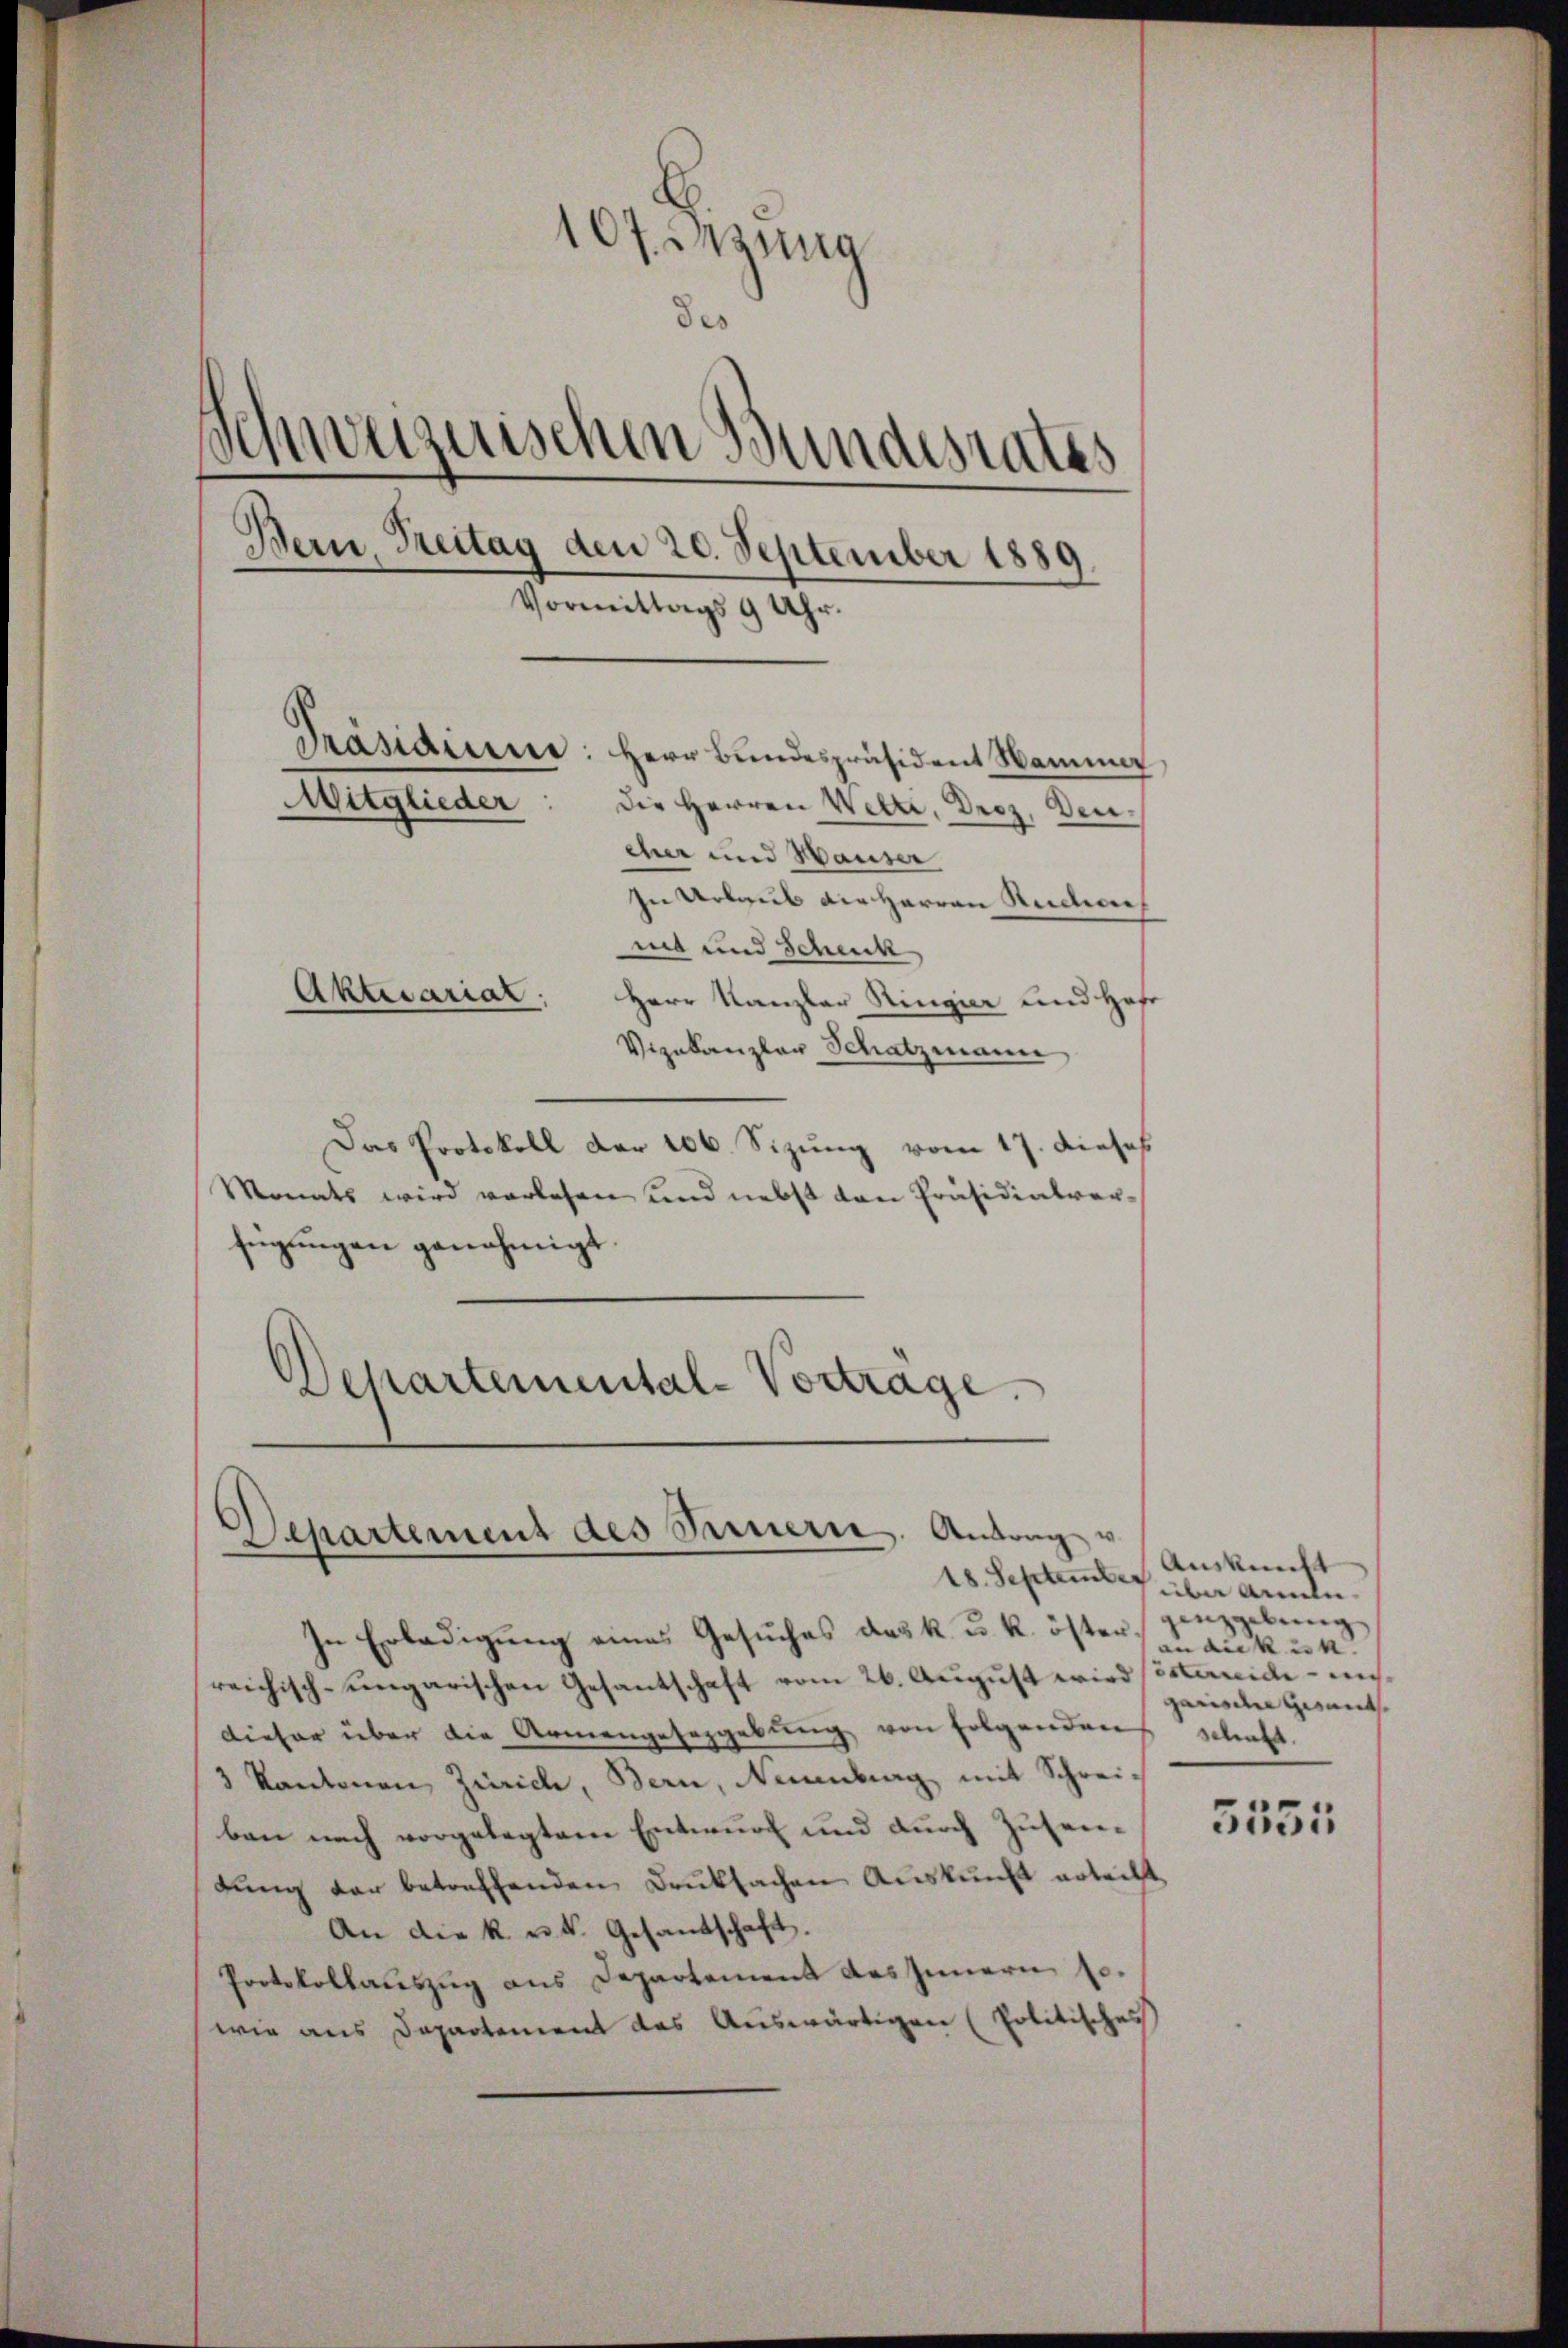
107. Sitzung
des
Schweizerischen Bundesrates
Bern, Treitag den 20. September 1889.
Vormittags 9 Uhr.
Präsidium: Herr Bundespräsident Wamm,
Mitglieder
Die Herren Wette, Droz. Den
cher und Hauser
In Urlaub die Herren Rectore
mit und Schenk
Aktecariat: Herr Kanzler Ringier und Hof

Vizekanzler Schatzmann
Das Protokoll der 206. Sizung vom 17. dieses
Monats wird vorlesen und nebst von Präsidialverfügungen genehmigt.
Departemental-Vortrage.

Departement des Sauern. Antrag u.
18. September

In Erledigung eines Gesuches das k. u. k. öster,
reichisch-ungarischen Gesantschaft vom 26. August wird sisterneide – un¬
Dieser über die Armengesezgebung von folgenden schaft
3 kantonen Zürich, Bern, Neuenburg mit Schreiben nach vorgelegten Entwurf und durch Zusenbŭng der betreffenden Deutsachen Aŭskŭnft erleiht
An die k. u. k. Gesandtschaft.
Protokollauszug aus Departement des Innern so-
wie aus Departement das Auswärtigen (Politisches

Auskunft
über Annen.
genzgebung
an die k. 24
garischetisant

3555